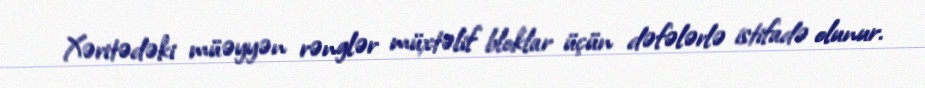
Xəritədəki müəyyən rənglər müxtəlif bloklar üçün dəfələrlə istifadə olunur.